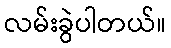
လမ်းခွဲပါတယ်။